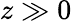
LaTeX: z\gg 0